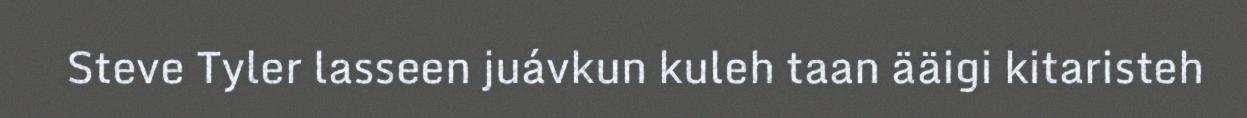
Steve Tyler lasseen juávkun kuleh taan ääigi kitaristeh